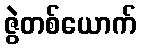
ဇွဲတစ်ယောက်